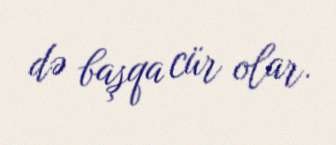
də başqa cür olar.